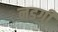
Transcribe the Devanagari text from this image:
नडगी